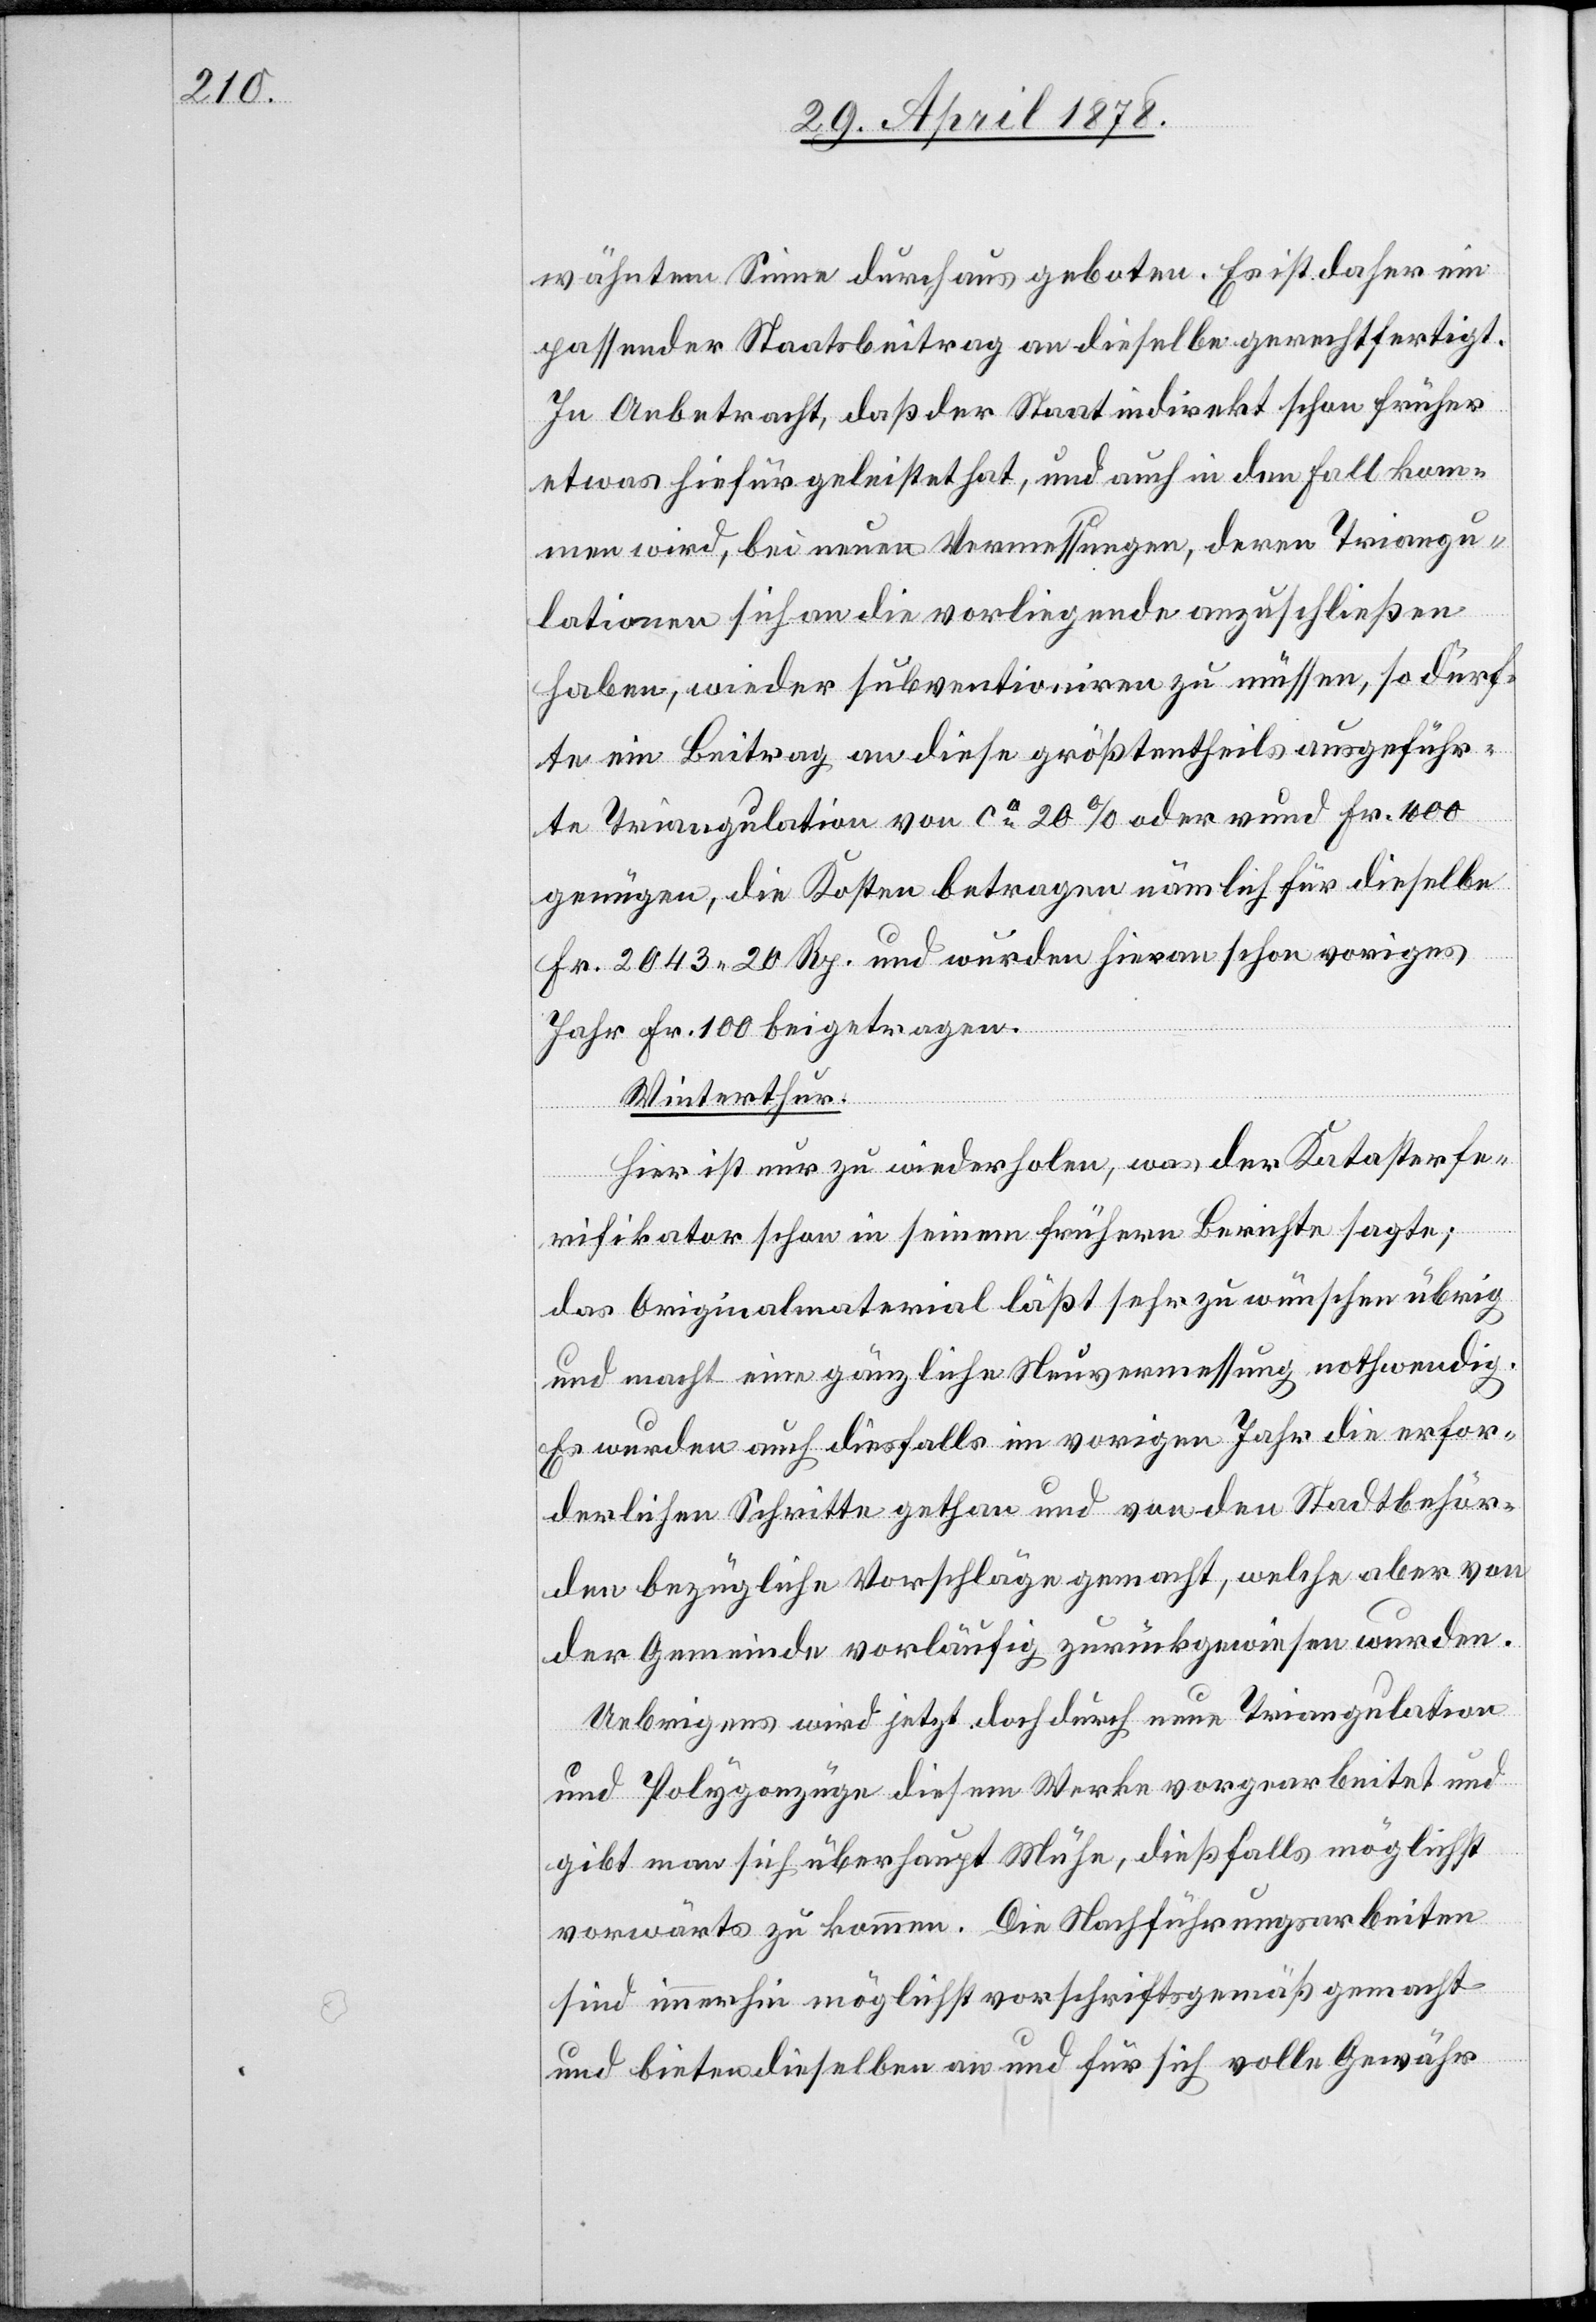
wähntem Sinne durchaus geboten. Es ist daher ein
passender Staatsbeitrag an dieselbe gerechtfertigt.
In Anbetracht, daß der Staat indirekt schon früher
etwas hiefür geleistet hat, und auch in den Fall kom¬
men wird, bei neuen Vermessungen, deren Triangu¬
lationen sich an die vorliegende anzuschließen
haben, wieder subventioniren zu müssen, so dürf¬
te ein Beitrag an diese größtentheils ausgeführ¬
te Triangulation von ca 20% oder rund Fr. 400
genügen, die Kosten betragen nämlich für dieselbe
Fr. 2043. 20 Rp. und wurden hievon schon voriges
ve¬
Jahr Fr. 100 beigetragen.
Winterthur.
Hier ist nur zu wiederholen, was der Katasterfe¬
rifikator] schon in seinem frühern Berichte sagte;
das Originalmaterial läßt sehr zu wünschen übrig
und macht eine gänzliche Neuvermessung nothwendig.
Es wurden auch diesfalls im vorigen Jahr die erfor¬
derlichen Schritte gethan und von den Stadtbehör¬
den bezügliche Vorschläge gemacht, welche aber von
der Gemeinde vorläufig zurückgewiesen wurden.
Uebrigens wird jetzt doch durch neue Triangulation
und Polygonzüge diesem Werke vorgearbeitet und
gibt man sich überhaupt Mühe, dießfalls möglichst
vorwärts zu kommen. Die Nachführungsarbeiten
sind immerhin möglichst vorschriftsgemäß gemacht
und bieten dieselben an und für sich volle Gewähr